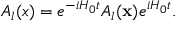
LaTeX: A _ { l } ( x ) = e ^ { - i H _ { 0 } t } A _ { l } ( { \bf x } ) e ^ { i H _ { 0 } t } .